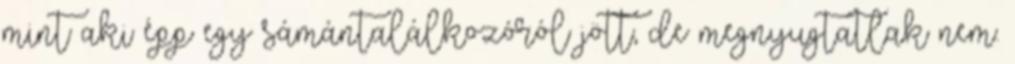
mint aki épp egy sámántalálkozóról jött, de megnyugtatlak nem.